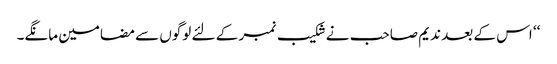
‘‘ اس کے بعد ندیم صاحب نے شکیب نمبر کے لئے لوگوں سے مضامین مانگے۔